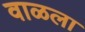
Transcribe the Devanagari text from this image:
वाळला